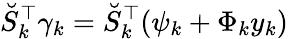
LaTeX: \breve{S}_{k}^{\top}\gamma_{k}=\breve{S}_{k}^{\top}(\psi_{k}+\Phi_{k}y_{k})